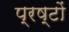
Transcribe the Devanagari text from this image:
प्रष्टों